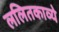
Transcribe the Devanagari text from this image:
ललितकाव्ये